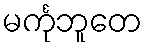
မင်္ကုဘူတေ